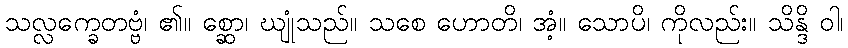
သလ္လက္ခေတဗ္ဗံ၊ ၏။ စ္ဆော၊ ဃျုံသည်။ သစေ ဟောတိ၊ အံ့။ သောပိ၊ ကိုလည်း။ သိန္ဒိ ဝါ၊